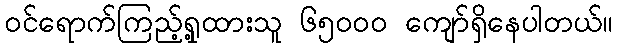
ဝင်ရောက်ကြည့်ရှု့ထားသူ ၆၅၀၀၀ ကျော်ရှိနေပါတယ်။